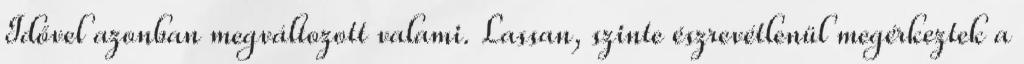
Idővel azonban megváltozott valami. Lassan, szinte észrevétlenül megérkeztek a